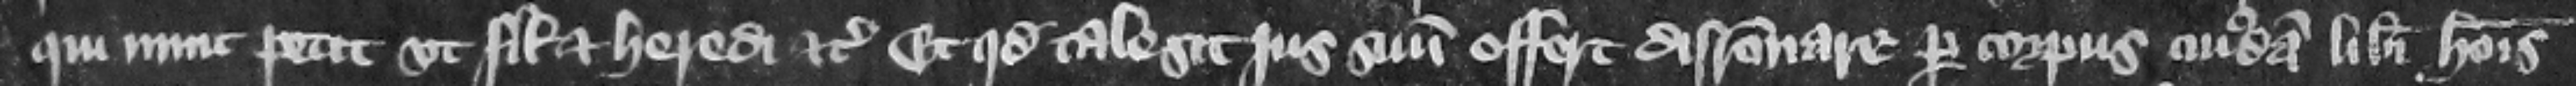
qui nunc petit vt filio et heredi etc. Et quod tale sit jus suum offert disracionare per corpus cuiusdam liberi hominis